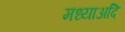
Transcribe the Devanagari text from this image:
मध्याअदि